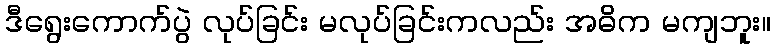
ဒီရွေးကောက်ပွဲ လုပ်ခြင်း မလုပ်ခြင်းကလည်း အဓိက မကျဘူး။